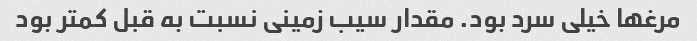
مرغها خیلی سرد بود. مقدار سیب زمینی نسبت به قبل کمتر بود